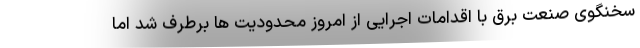
سخنگوی صنعت برق با اقدامات اجرایی از امروز محدودیت ها برطرف شد اما